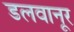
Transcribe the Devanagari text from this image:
डलवानूर